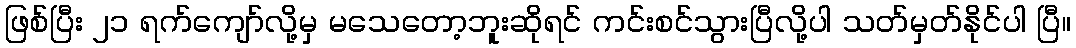
ဖြစ်ပြီး ၂၁ ရက်ကျော်လို့မှ မသေတော့ဘူးဆိုရင် ကင်းစင်သွားပြီလို့ပါ သတ်မှတ်နိုင်ပါ ပြီ။